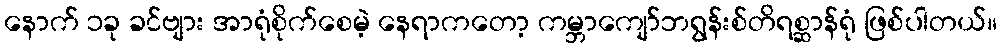
နောက် ၁ခု ခင်ဗျား အာရုံစိုက်စေမဲ့ နေရာကတော့ ကမ္ဘာကျော်ဘရွန်းစ်တိရစ္ဆာန်ရုံ ဖြစ်ပါတယ်။